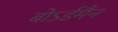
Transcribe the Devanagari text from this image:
बोऽर्डमैन